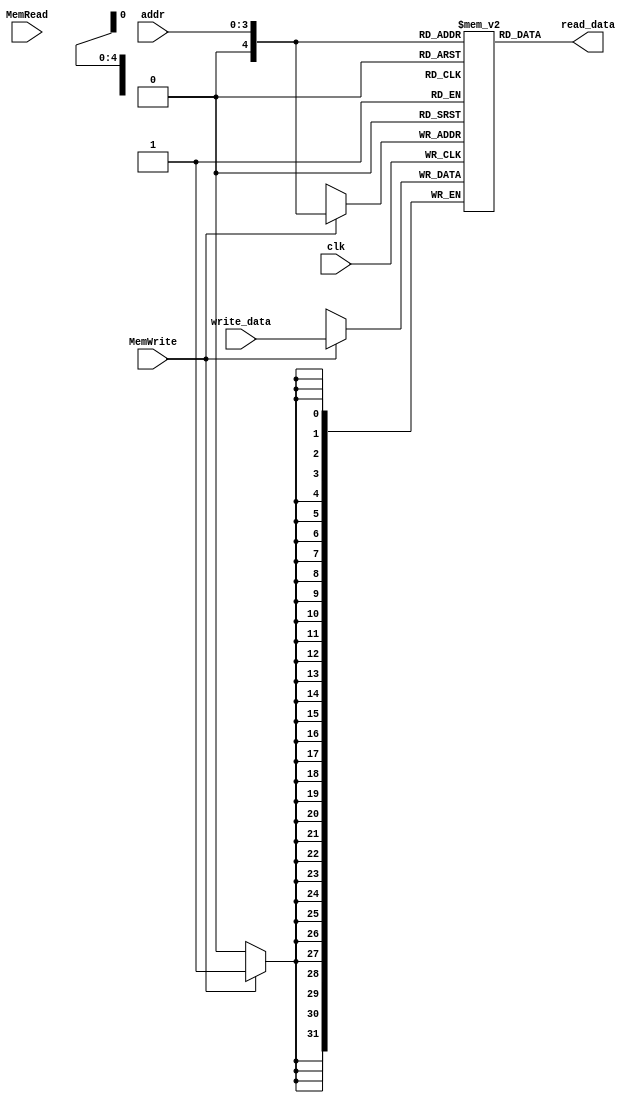
module dm(
    input wire clk,
    input wire[31:0] write_data,
    input wire MemWrite,
    input wire MemRead,
    input wire[6:3] addr,

    output wire[31:0] read_data
);

    reg[31:0]    memory[31:0];
    reg[31:0] read_data_tmp;

    integer i;

    initial begin
        for (i = 0; i < 31; i = i + 1)
        memory[i] = 0;
    end

    always @(posedge clk) begin
        if (MemWrite) begin
            $display("DM Write %x to %d", write_data, addr);
            memory[addr] = write_data;
        end
        /*
        $display("------------------------------- DM info -------------------------------");
        for (i = 0; i < 31; i = i + 1)
        begin
        if(memory[i] != 0)
        $display("DM %d: %x", i, memory[i]);
        end
        $display("------------------------------- DM fin -------------------------------");
        */
    end

    assign read_data = memory[addr];
endmodule